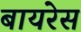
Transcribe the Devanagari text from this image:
बायरेस